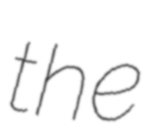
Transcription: the